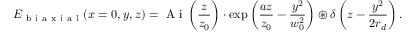
E _ { \mathrm { ~ b ~ i ~ a ~ x ~ i ~ a ~ l ~ } } ( x = 0 , y , z ) = \ensuremath { \mathrm { ~ A ~ i ~ } } \left( \frac { z } { z _ { 0 } } \right) \cdot \exp \left( \frac { a z } { z _ { 0 } } - \frac { y ^ { 2 } } { w _ { 0 } ^ { 2 } } \right) \ensuremath { \circledast } \delta \left( z - \frac { y ^ { 2 } } { 2 r _ { d } } \right) .